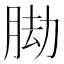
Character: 𦛕